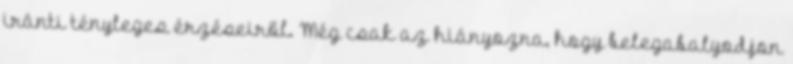
iránti tényleges érzéseiről. Még csak az hiányozna, hogy belegabalyodjon